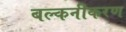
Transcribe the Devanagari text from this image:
बल्कनीकरण